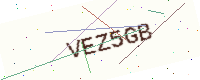
Text: VEZ5GB